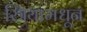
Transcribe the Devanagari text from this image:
स्त्रियामधून